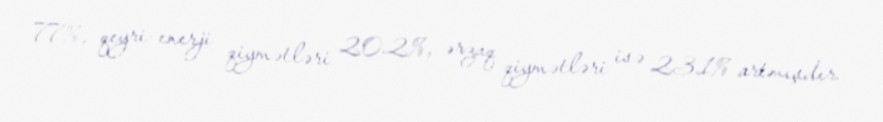
77%, qeyri-enerji qiymətləri 20.2%, ərzaq qiymətləri isə 23.1% artmışdır.